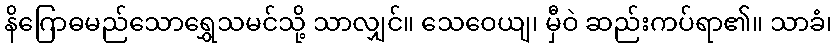
နိဂြောဓမည်သောရွှေသမင်သို့ သာလျှင်။ သေဝေယျ၊ မှီဝဲ ဆည်းကပ်ရာ၏။ သာခံ၊